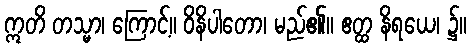
ဣတိ တသ္မာ၊ ကြောင့်။ ဝိနိပါတော၊ မည်၏။ ဧတ္ထ နိရယေ၊ ၌။